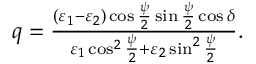
\begin{array} { r } { q = \frac { ( \varepsilon _ { 1 } - \varepsilon _ { 2 } ) \cos \frac { \psi } { 2 } \sin \frac { \psi } { 2 } \cos \delta } { \varepsilon _ { 1 } \cos ^ { 2 } \frac { \psi } { 2 } + \varepsilon _ { 2 } \sin ^ { 2 } \frac { \psi } { 2 } } . } \end{array}